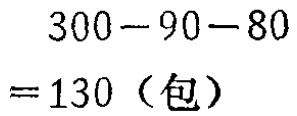
\[

\begin{align*}

&300 - 90 - 80\\

=&130（包）

\end{align*}

\]